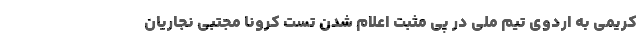
کریمی به اردوی تیم ملی در پی مثبت اعلام شدن تست کرونا مجتبی نجاریان